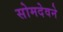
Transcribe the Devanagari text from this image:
सोमदेवने